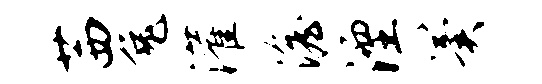
茜兔灌澹湮翼